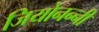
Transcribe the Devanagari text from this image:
जियोनन्नी